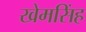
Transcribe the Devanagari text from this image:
खेमसिंह